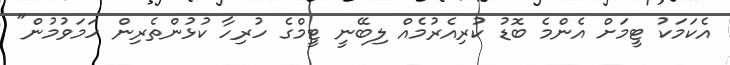
އެކަމަކު ޓީމަށް އެންމެ ބޮޑު ކުރިއެރުމެއް ލިބޭނީ ޓީމްގެ ހުރިހާ ކުޅުންތެރިން ހަމަވުމުން"